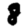
Digit: 8